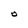
Character: O